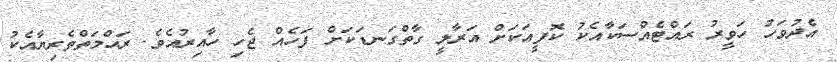
އެދުވަހު ހަވީރު ރައްޓެއްސަކާއެކު ކޮފީއަކަށް އަރާލީ ގާތްގަނޑަކަށް ފަހެއް ޖެހި ހާއިރުއެވެ. ރަޙްމަތްތެރިޔާއެކު